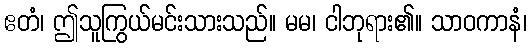
ဧတံ၊ ဤသူကြွယ်မင်းသားသည်။ မမ၊ ငါဘုရား၏။ သာဝကာနံ၊